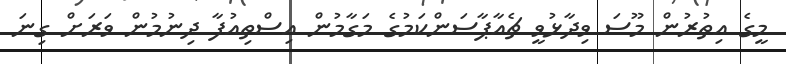
މީގެ އިތުރުން މޫސަ ވިދާޅުވީ ޗެއާޕާސަންކަމުގެ މަގާމުން އިސްތިއުފާ ދިނުމުން ވަރަށް ގިނަ